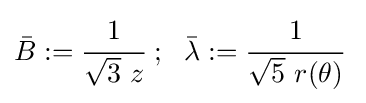
{\bar {B}}:={\cfrac {1}{{\sqrt {3}}~z}}~;~~{\bar {\lambda }}:={\cfrac {1}{{\sqrt {5}}~r(\theta )}}~